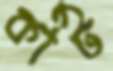
কার্ট